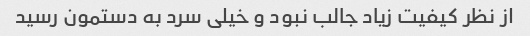
از نظر کیفیت زیاد جالب نبود و خیلی سرد به دستمون رسید